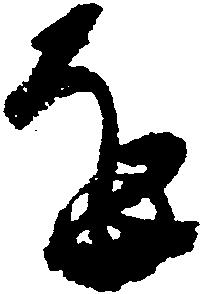
を